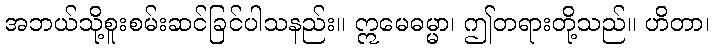
အဘယ်သို့စူးစမ်းဆင်ခြင်ပါသနည်း။ ဣမေဓမ္မာ၊ ဤတရားတို့သည်။ ဟိတာ၊